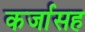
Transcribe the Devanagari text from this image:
कर्जासह